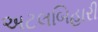
અટલબિહારી